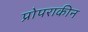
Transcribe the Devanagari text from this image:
प्रोपराकीन